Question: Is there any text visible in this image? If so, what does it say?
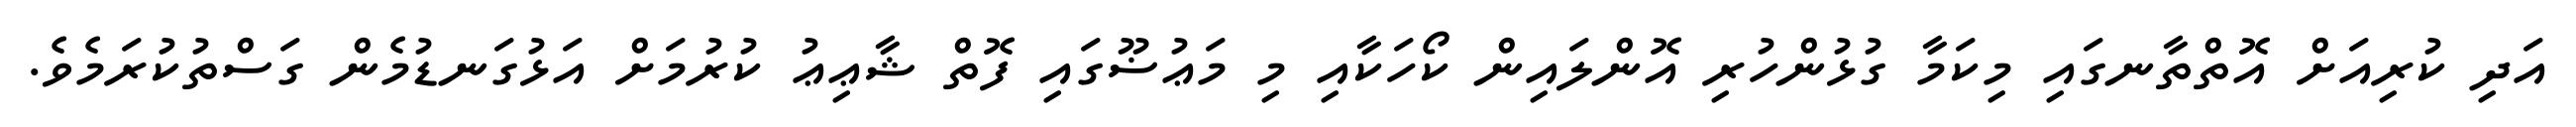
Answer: އަދި ކުރިއަށް އޮތްތާނގައި މިކަމާ ގުޅުންހުރި އޮންލައިން ކޯހަކާއި މި މަޢުޟޫގައި ފޮތް ޝާޢިޢު ކުރުމަށް އަޅުގަނޑުމެން ގަސްތުކުރަމެވެ.